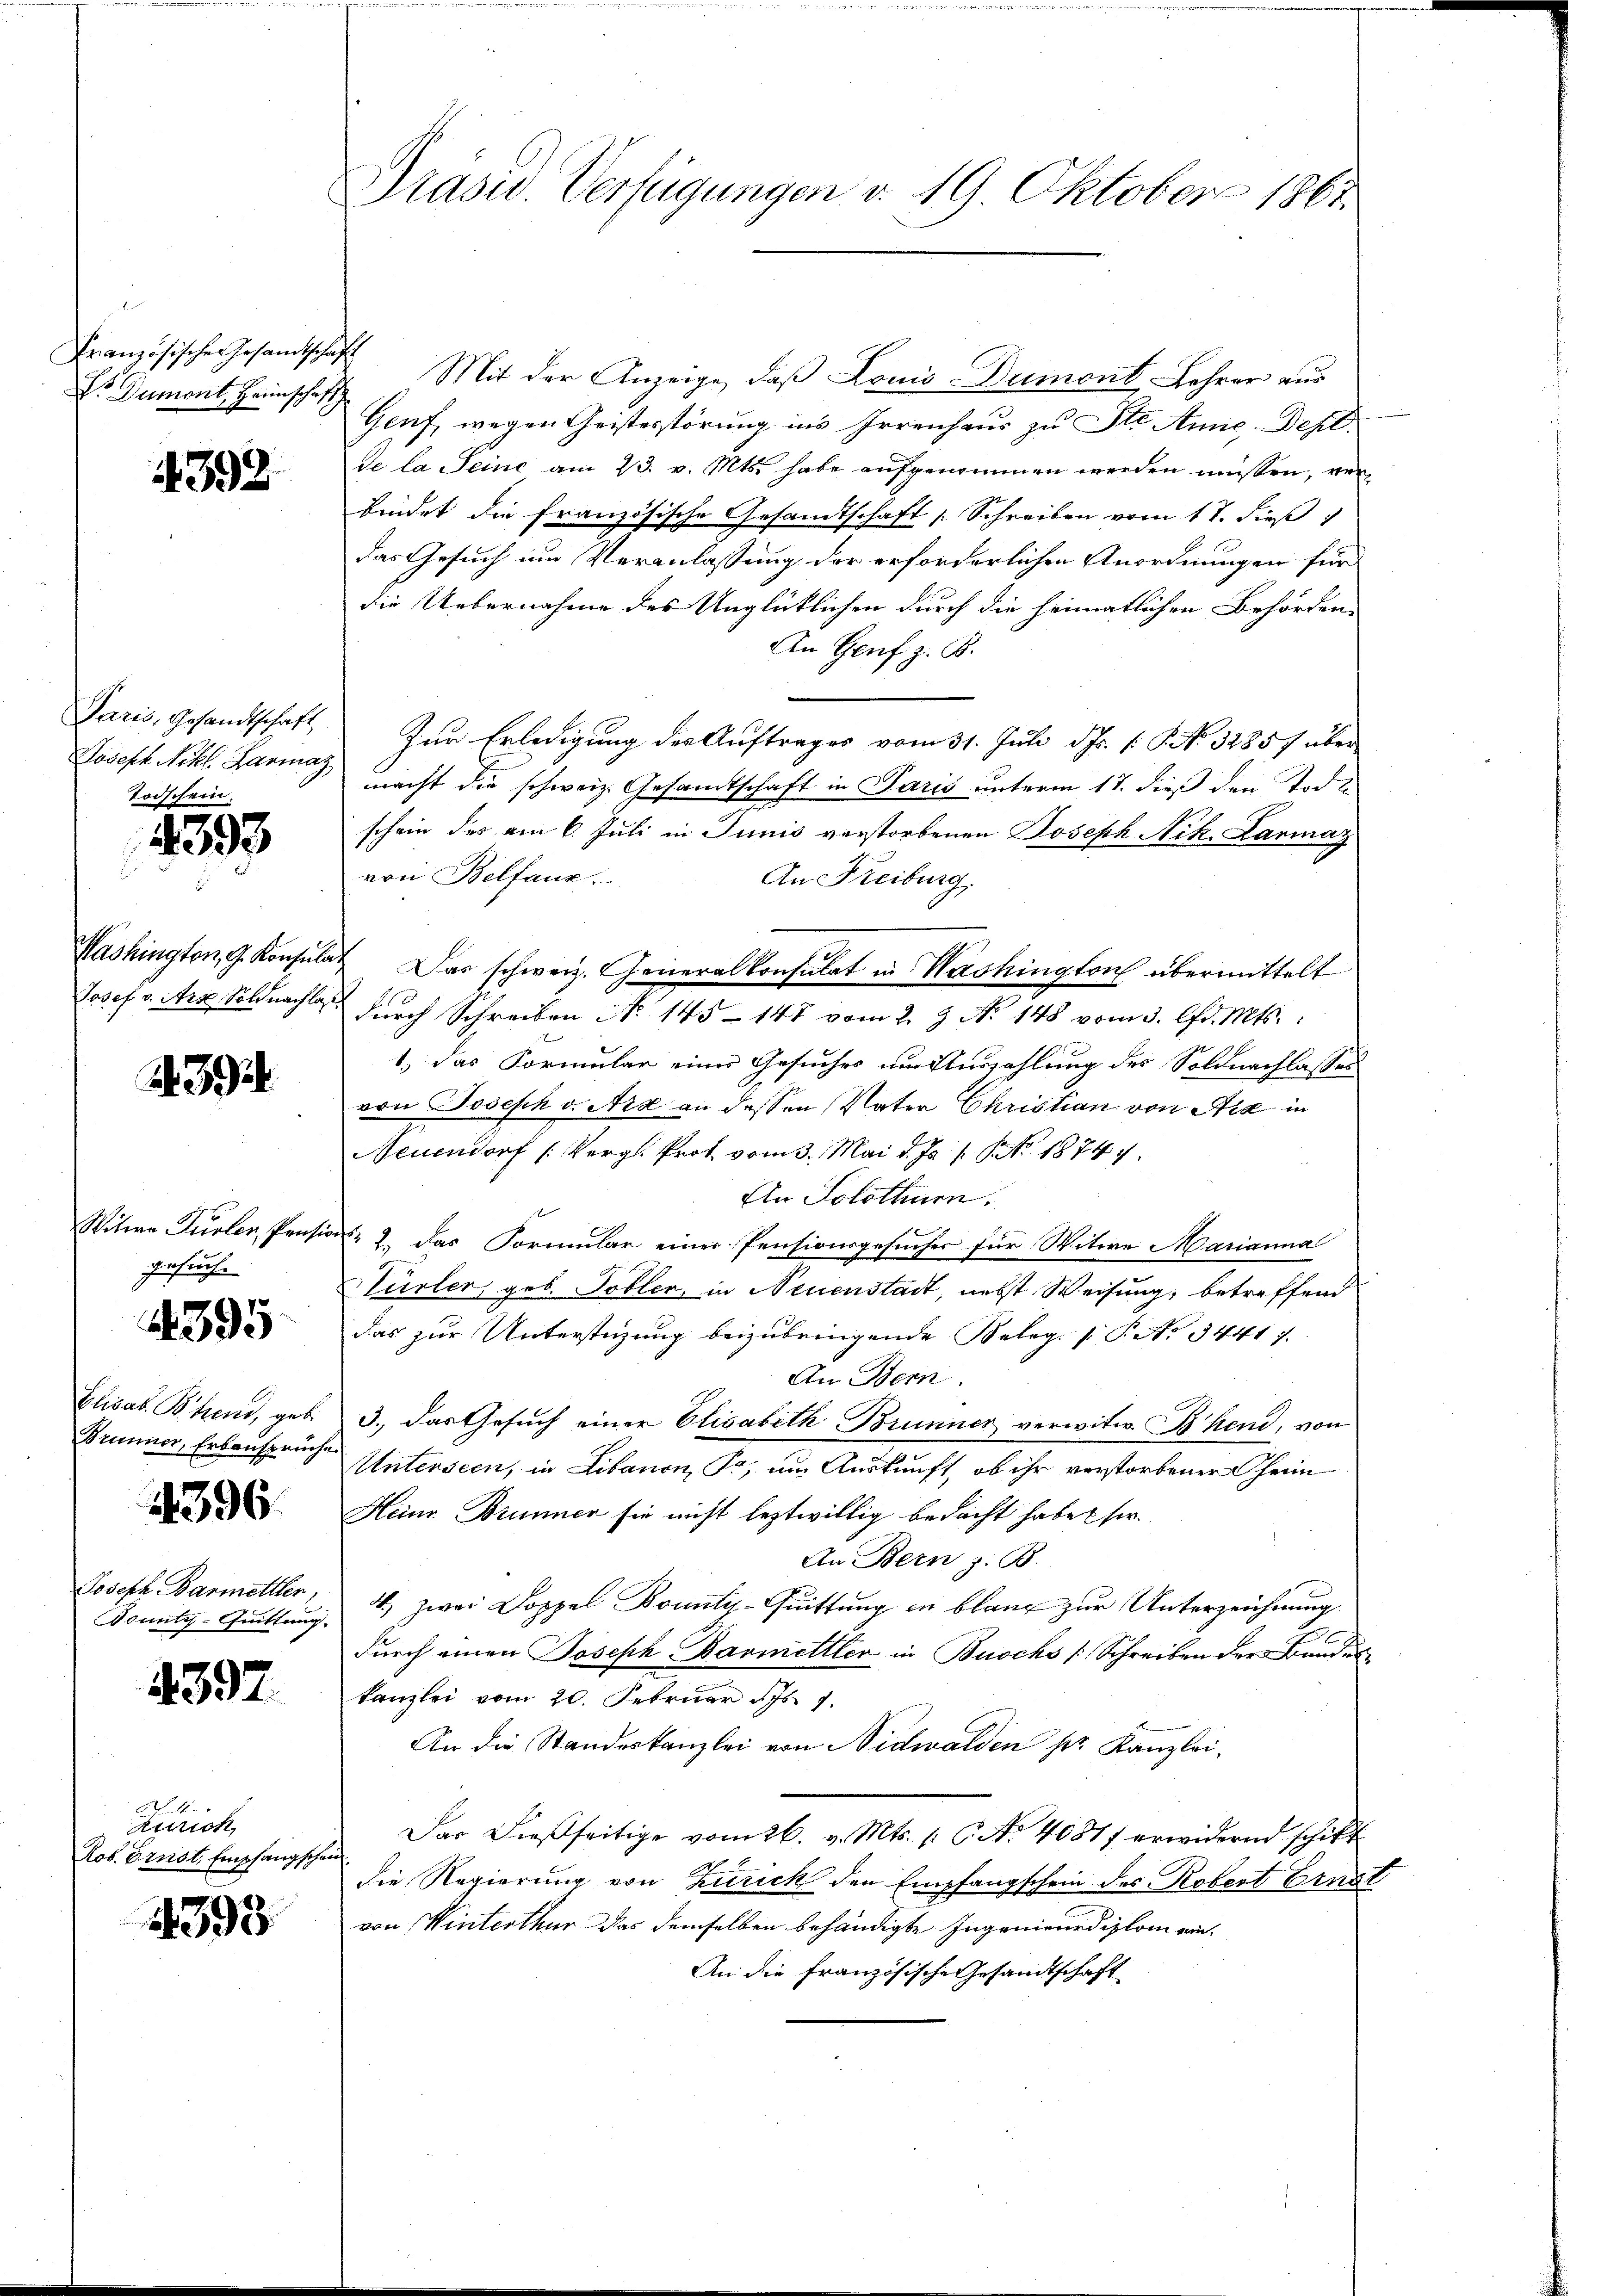
Französischen Gesandtscha
Dr. Dumont, Heimschaft

4392

Paris, Gesandtschaft
Joseph Nikl. Larmaz
Todschein.

4393

Washington, G. Konsula.
Josef v. Art, Sold nachlas

A 392

Witwe Dürler, Prof.
gesuche

395

Elisat Bohrend, geb.
Brunner, Erbansprüche

396.

Joseph Barmettler
Dounty-Quittung.

4397.

6
Anrich
Rob. Ernst. Empfangsch

4393

Präsid.. Verfügungen d. 19 Oktober 1867.

I. Mit der Anzeige, daß Louis-Dumont, Lehrer aus
Genf, wegen Geistesstörung in’s Irrenhaus zu Ste Anne Depe
de la Seine am 23. v. Mts. habe aufgenommen werden müssen, von
bindet die französische Gesamtschaft [Schreiben vom 17. dieß
das Gesuch um Veranlassung der erforderlichen Anordnungen für
die Uebernahme des Unglücklichen durch die heimatlichen Behörden-
Den Genf z. B.
Zur Erledigung des Auftrages vom 31. Juli d. Js. [: P. No. 32857 über
macht die schweiz. Gesandtschaft in Paris unterm 17. dieß den Todt
schein der am 6. Juli in Junis verstorbenen Joseph Nik. Darmaz
von Belfanz.
An Freiburg.
 Das schweiz. Generalkonsulat in Washington übermittelt
1
durch Schreiben No 145 - 147 vom 2. 3. No. 148 vom 3. lfd. Mts.
1.) Das Formular eines Gesuches um Auszahlung des Soldnachlasses
von Joseph v. Art an dessen Vater Christian von Aix in
Neuendorf (Vergl. Prof. vom 3. Mai d. Js. 1. No 18747.
Ein Solothurn.
No 2. das Formular einer Pensionsgesucher für Witwe Marianna
ürler, geb. Tobler, in Neuenstadt, nebst Weisung, betreffend
das zur Unterstüzung beizubringende Belege [P No 3441 f.
An Bern.
3., das Gesuch einer Elisabeth Brunner verwitw. B hend, von
Unterseen, in Libanon, Pr. um Auskunft, ob ihr verstorbener heim
Heinr. Brunner sie nicht leztwillig bedacht habe ser
An Bern z. B.
4.) zwei Doppel Bounty-Quittung in blauf zur Unterzeichnung
2
durch einen Joseph Barmittler in Buochs / Schreiben der Bundes
kanzlei vom 20. Februar 175. 9.
An die Standeskanzlei von Nidwalden pr. Kanzlei-
Das dießseitige vom 26. v. Mts. (: C. No 4087 erwidernd schikt
die Regierung von Zürich den Empfangschein des Robert Ernst
von Winterthur das demselben behändigte Ingenieurdiplom ein¬
An die französische Gesandtschaft